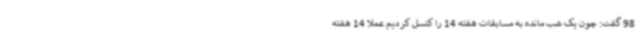
98 گفت: چون یک شب مانده به مسابقات هفته 14 را کنسل کردیم عملا 14 هفته